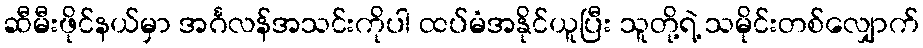
ဆီမီးဖိုင်နယ်မှာ အင်္ဂလန်အသင်းကိုပါ ထပ်မံအနိုင်ယူပြီး သူတို့ရဲ့ သမိုင်းတစ်လျှောက်